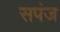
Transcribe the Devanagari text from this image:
सपंज